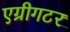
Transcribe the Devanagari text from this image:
एग्रीगटर